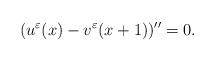
LaTeX: \begin{align*}( u^{\varepsilon}(x)- v^{\varepsilon}(x+1))^{\prime\prime}=0.\end{align*}